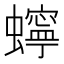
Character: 䗿